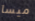
ميسا